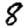
Digit: 8